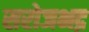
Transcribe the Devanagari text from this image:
सरोजभद्र